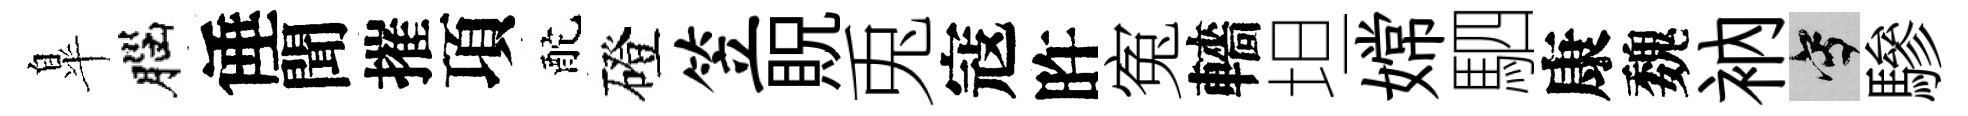
臯腦倕聞摧項酡磴笠貺兎寇旿寃轖坦嫦駟康魏衲寫驂